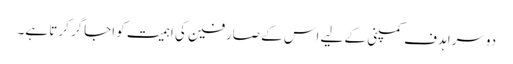
دوسرا ہدف کمپنی کے لیے اس کے صارفین کی اہمیت کو اجاگر کرتا ہے۔